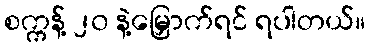
စက္ကန့် ၂၀ နဲ့မြှောက်ရင် ရပါတယ်။